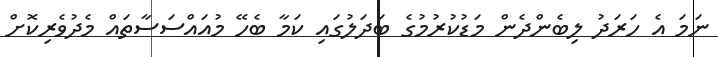
ނަމަ އެ ހަރަދު ލިބެންދެން މަޑުކުރުމުގެ ބަދަލުގައި ކަމާ ބެހޭ މުއައްސަސާތައް މެދުވެރިކޮށް